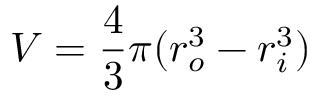
V = \frac { 4 } { 3 } \pi ( r _ { o } ^ { 3 } - r _ { i } ^ { 3 } )